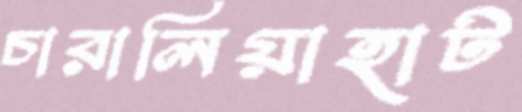
চারালিয়াহাট